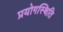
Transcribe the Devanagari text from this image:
प्रयोगस्थिति